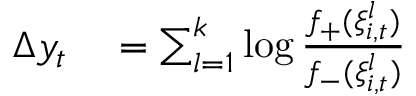
\begin{array} { r l } { \Delta y _ { t } } & { { } = \sum _ { l = 1 } ^ { k } \log \frac { f _ { + } ( \xi _ { i , t } ^ { l } ) } { f _ { - } ( \xi _ { i , t } ^ { l } ) } } \end{array}